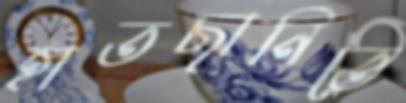
হাতছানিতে